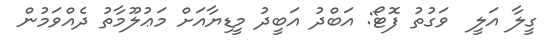
ގީލާ އަލީ  ވަގުތު ފޮޓޯ: އަބްދު އަބީދު މީޑިޔާއަށް މަޢުލޫމާތު ދެއްވަމުން